King Institute of Preventive Medicine Micro-Biological Section reports 1909-11
Year: 1909
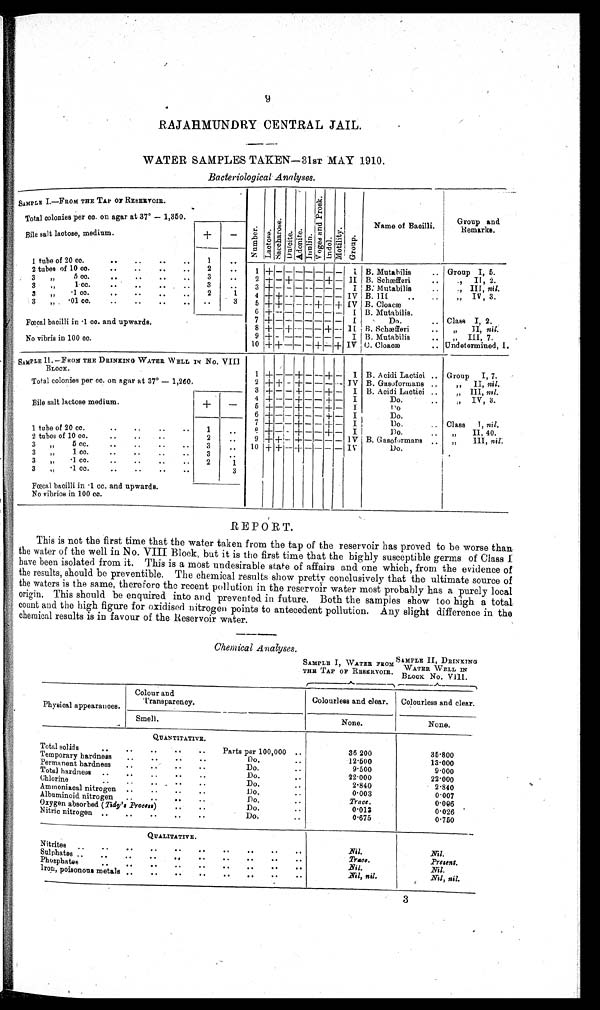
9
RAJAHMUNDRY CENTRAL JAIL.
WATER SAMPLES TAKEN—31ST MAY 1910.
Bacteriological Analyses.
SAMPLE I.—FROM THE TAP OF RESERVOIR
N u m b e r . L a c t o s e .
S a c c h a r o s e .
D u l c i t e . A d o n i t e .
Inulin.
V o g e s a n d P r o s k .
I n d o l .
M o t i l i t y .
Group.
Name of Bacilli.
Group and
Remarks.
Total colonies per cc. on agar at 37° — 1,350.
Bile salt lactose, medium.
+
-
1 tube of 20 cc.
..
..
..
. .
1
. .
2 tubes of 10 cc.
..
.. . .
. .
2
..
1 + - - - - - - - I B. Mutabilis
.. Group I, 5.
3 " 5 cc.
. .
. .
. .
. .
3
. .
2
+ - + - - - + - II B. Schæfferi
..
,, II, 2.
3 „
1 cc.
. .
. .
. .
. .
3
..
3 + - - - - - - - I B. Mutabilis ..
,, III, nil.
3
„
. 1 c c .
. .
. .
. .
. .
2
1
4 + + - - - - - - IV B. III
..
..
,, IV, 3.
3 „
. 0 1 c c .
. .
. .
. .
. .
..
3
5 + + - - - + - + IV B. Cloacæ
6 + - - - - - - - I B. Mutabilis.
7
+ - - - - - - - - I
Do.
.. Class I, 2.
Fœcal bacilli in .1 cc. and upwards.
8 + - + -
- - + -- II B. Schæfferi
II, nil.
9 + - - - - - - - I B. Mutabilis
..
,, III, 7.
No vibris in 100 cc.
10 + + - - -+ - + IV G. Cloacæ
.. Undetermined, I.
SAMPLE II. —FROM THE DRINKING WATER WELL IN NO. VIII
BLOCK.
1 +
-
- + - - + - I B. Acidi Lactici .. Group I, 7.
Total colonies per cc. on agar at 37° — 1,260.
2 + + - + - - - - IV B. Gasoformans ..
,, II, nil.
3 + - - + - - + - I B. Acidi Lactici ..
,, III, nil.
4 + -- - + - - + - I
Do.
..
,, IV, 3.
Bile salt lactose medium.
+
-
5 +
- - + - - + - I
D o .
6 + - - + - - + - I
Do.
7 + - - + - - + - I
Do.
Class I, nil.
1 tube of 20 cc.
..
..
.. ..
1
. .
8
+ - - + - - + - I Do.
..
,, II, 40.
2 tubes of 10 cc.
..
..
..
2
. .
9 + + - + - - - - IV B. Gasoformans
,, III, nil.
3 „
5 cc.
..
..
..
3
. .
10 + + - + - - - - IV
D o .
3 „
1 cc.
..
..
3
..
3 „
.1 cc.
2 1
3
„
.1 cc. .. .. .. ..
3
Fœcal bacilli in .1 cc. and upwards.
No vibrios in 100 cc.
REPORT.
This is not the first time that the water taken from the tap of the reservoir has proved to be worse than,
the water of the well in No. VIII Block, but it is the first time that the highly susceptible germs of Class I
have been isolated from it. This is a most undesirable state of affairs and one which, from the evidence of
the results, should be preventible. The chemical results show pretty conclusively that the ultimate source of
the waters is the same, therefore the recent pollution in the reservoir water most probably has a purely local
origin. This should be enquired into and prevented in future. Both the samples show too high a total
count and the high figure for oxidised nitrogen points to antecedent pollution. Any slight difference in the
chemical results is in favour of the Reservoir water.
Chemical Analyses.
SAMPLE I, WATER FROM
THE TAP OF RESERVOIR.
SAMPLE II, DRINKING
WATER WELL IN
BLOCK NO. VIII.
Physical appearances.
Colour and
Transparency.
Colourless and clear. Colourless and clear.
Smell.
None.
None.
QUANTITATIVE.
Total solids
.. .. .. .. ..
Parts per 100,000 ..
36 200
35.800
Temporary hardness
..
..
..
Do.
1 2 . 5 0 0
13.000
Permanent hardness
..
.. ..
Do.
..
9 . 5 0 0
9.000
Total hardness ..
..
..
Do.
..
2 2 . 0 0 0
2 2 . 0 0 0
Chlorine
..
..
..
Do.
2 . 8 4 0
2.840
Ammoniacal nitrogen ..
.. ..
Do.
..
0 . 0 0 3
0.007
Albuminoid nitrogen ..
.. .. ..
Do.
..
Trace.
0.006
Oxygen absorbed ( Tidy's Process )
..
..
Do.
0.012
0.026
Nitric nitrogen ..
..
..
..
Do.
..
0.675
0.750
QUALITATIVE.
Nitrites ..
Nil.
Nil.
Sulphates ..
..
.. .. .. .. ..
Trace.
Present.
Phosphates .. .. .. .. .. .. .. .. ..
Nil.
Nil.
Iron, poisonous metals ..
..
..
..
Nil, nil.
Nil, nil.
3